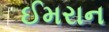
ઈમરાન